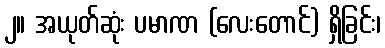
၂။ အယုတ်ဆုံး ပမာဏ (လေးတောင်) ရှိခြင်း၊